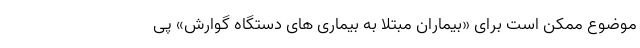
موضوع ممکن است برای «بیماران مبتلا به بیماری های دستگاه گوارش» پی